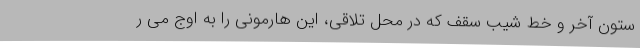
ستون آخر و خط شیب سقف که در محل تلاقی، این هارمونی را به اوج می ر